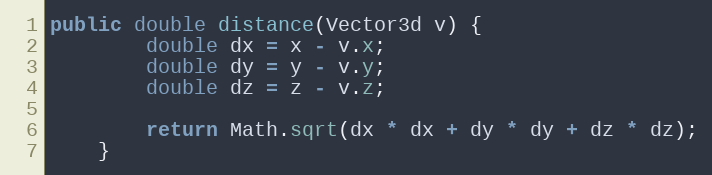
Language: Java
public double distance(Vector3d v) {
        double dx = x - v.x;
        double dy = y - v.y;
        double dz = z - v.z;

        return Math.sqrt(dx * dx + dy * dy + dz * dz);
    }